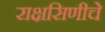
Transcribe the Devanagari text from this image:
राक्षसिणीचे